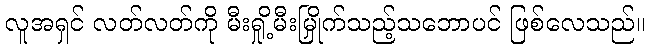
လူအရှင် လတ်လတ်ကို မီးရှို့မီးမြှိုက်သည့်သဘောပင် ဖြစ်လေသည်။